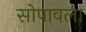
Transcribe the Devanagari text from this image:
सोपावला